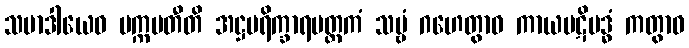
သမာဒါယေဝ ပက္ကမတီတိ အဋ္ဌပရိက္ခာရမတ္တကံ သဗ္ဗံ ဂဟေတွာဝ ကာယပဋိဗဒ္ဓံ ကတွာဝ